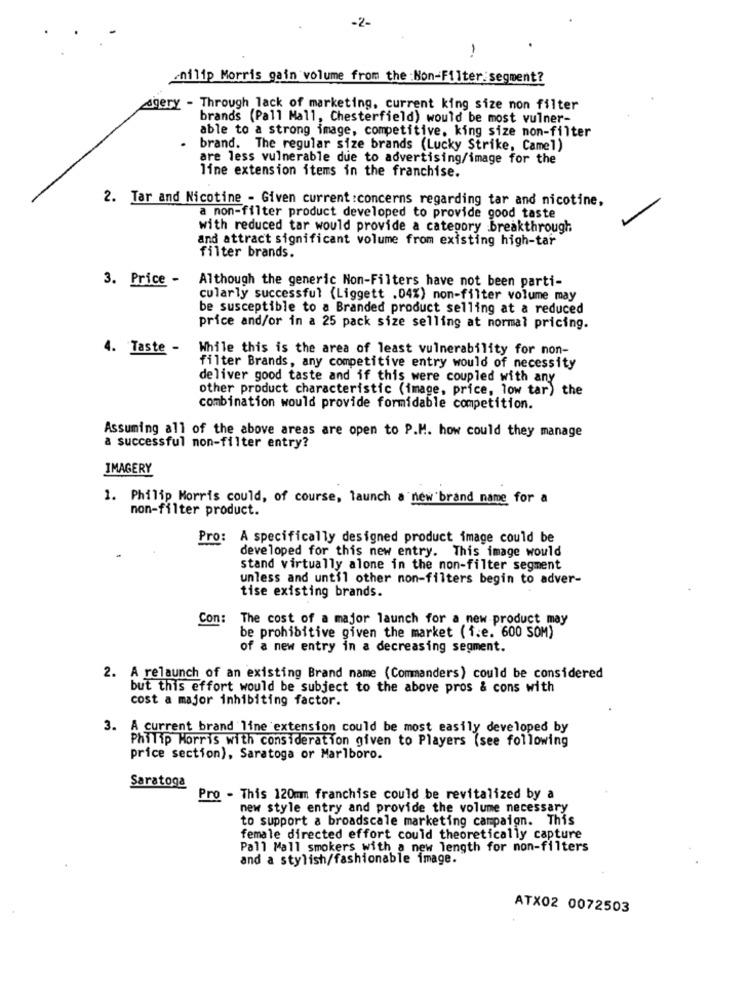
-2-
-
nilip Morris gain volume from the :Non-Filter segment?
gery - Through lack of marketing, current king size non filter
brands (Pall Mall, Chesterfield) would be most vulner-
able to a strong image, competitive. king size non-filter
brand. The regular size brands (Lucky Strike, Camel)
are less vulnerable due to advertising/image for the
line extension items in the franchise.
2. Tar and Nicotine - Given current :concerns regarding tar and nicotine,
a non-filter product developed to provide good taste
with reduced tar would provide a category breakthrough
and attract significant volume from existing high-tar
filter brands.
3. Price -
Although the generic Non-Filters have not been parti-
cularly successful (Liggett .04%) non-filter volume may
be susceptible to a Branded product selling at a reduced
price and/or in a 25 pack size selling at normal pricing.
4. Taste -
While this is the area of least vulnerability for non-
filter Brands, any competitive entry would of necessity
deliver good taste and if this were coupled with any
other product characteristic (image, price, low tar) the
combination would provide formidable competition.
Assuming all of the above areas are open to P.M. how could they manage
a successful non-filter entry?
IMAGERY
1. Philip Morris could, of course, launch a new brand name for a
non-filter product.
Pro: A specifically designed product image could be
developed for this new entry. This image would
stand virtually alone in the non-filter segment
unless and until other non-filters begin to adver-
tise existing brands.
Con:
The cost of a major launch for a new product may
be prohibitive given the market (f.e. 600 SOM)
of a new entry in a decreasing segment.
2. A relaunch of an existing Brand name (Commanders) could be considered
but this effort would be subject to the above pros & cons with
cost a major inhibiting factor.
3. A current brand line extension could be most easily developed by
Philip Morris with consideration given to Players (see following
price section), Saratoga or Marlboro.
Saratoga
Pro - This 120mm franchise could be revitalized by a
new style entry and provide the volume necessary
to support a broadscale marketing campaign. This
female directed effort could theoretically capture
Pall Mall smokers with a new length for non-filters
and a stylish/fashionable image.
ATX02 0072503